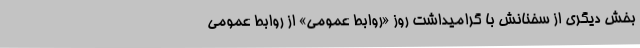
بخش دیگری از سخنانش با گرامیداشت روز «روابط عمومی» از روابط عمومی